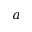
\boldsymbol a